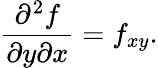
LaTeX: {\frac{\partial^{2}f}{\partial y\partial x}}=f_{xy}.